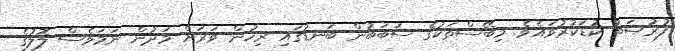
ފުރުޞަތު ކުޑަކުރުވައެވެ. މިބޭސްތަކުގެ ސަބަބުން ބަނޑުގައި ރިހުން ވަރަށް މަދުން ނަމަވެސް ލޮލުގެ